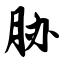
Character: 胁